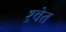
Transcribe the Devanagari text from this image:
श्र्वेत